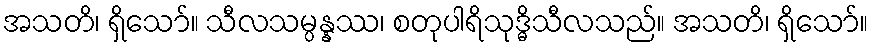
အသတိ၊ ရှိသော်။ သီလသမ္ပန္နဿ၊ စတုပါရိသုဒ္ဓိသီလသည်။ အသတိ၊ ရှိသော်။